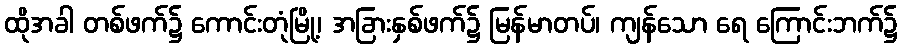
ထိုအခါ တစ်ဖက်၌ ကောင်းတုံမြို့၊ အခြားနှစ်ဖက်၌ မြန်မာတပ်၊ ကျန်သော ရေ ကြောင်းဘက်၌